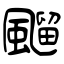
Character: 飀